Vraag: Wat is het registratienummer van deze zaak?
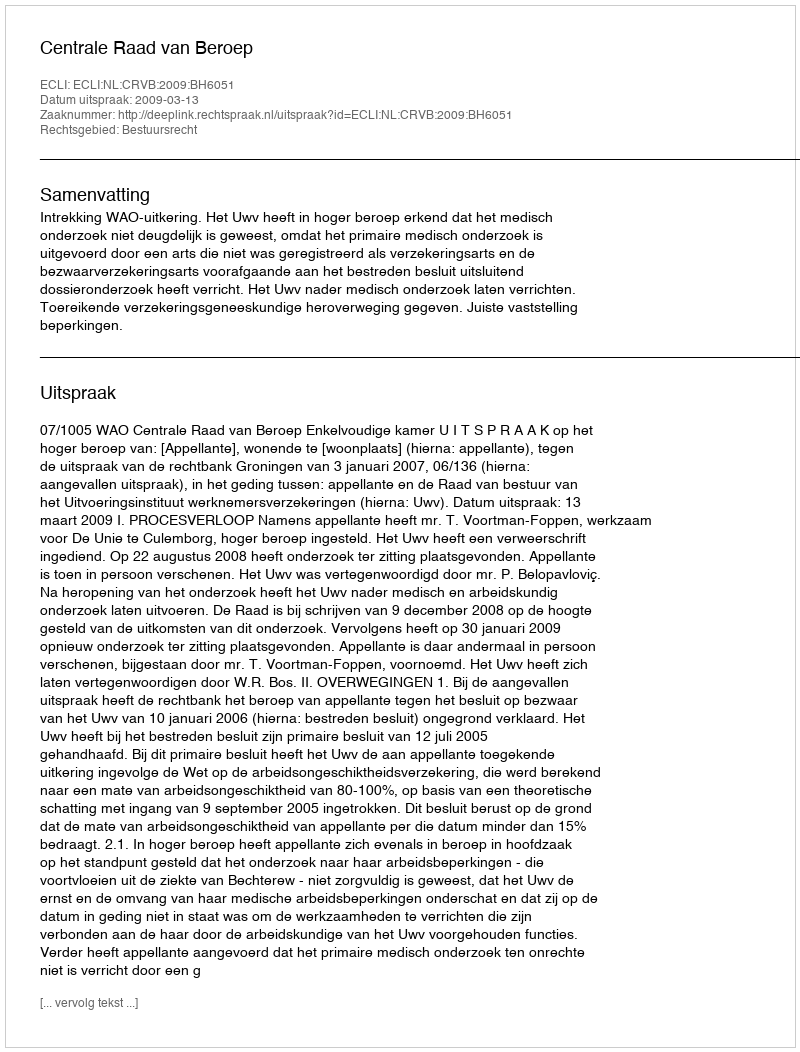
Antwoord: http://deeplink.rechtspraak.nl/uitspraak?id=ECLI:NL:CRVB:2009:BH6051